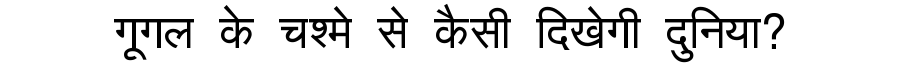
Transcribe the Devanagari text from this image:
गूगल के चश्मे से कैसी दिखेगी दुनिया?